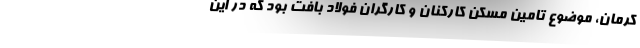
کرمان، موضوع تامین مسکن کارکنان و کارگران فولاد بافت بود که در این